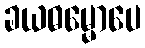
ခယဓမ္မောပေ